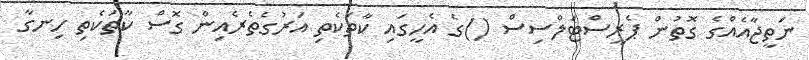
ނަތީޖާއެއްގެ ގޮތުން ޕެރީސްޓަލްސިސް ()ގެ އެހީގައި ކާތަކެތި އަރުގެތެރެއިން ގޮސް ކާތަކެތި ހިނގާ